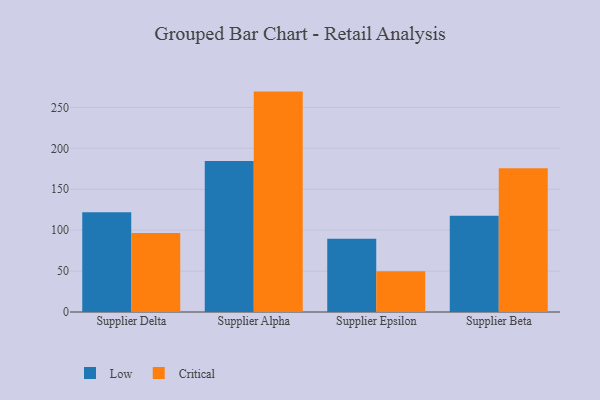
{"axis": {"x": "Supplier", "y": "Budget (USD K)"}, "legend": ["Critical", "Low"], "data": [{"x": "Supplier Delta", "y": 121.9, "type": "Low"}, {"x": "Supplier Delta", "y": 96.5, "type": "Critical"}, {"x": "Supplier Alpha", "y": 184.5, "type": "Low"}, {"x": "Supplier Alpha", "y": 269.3, "type": "Critical"}, {"x": "Supplier Epsilon", "y": 89.4, "type": "Low"}, {"x": "Supplier Epsilon", "y": 49.8, "type": "Critical"}, {"x": "Supplier Beta", "y": 117.6, "type": "Low"}, {"x": "Supplier Beta", "y": 175.6, "type": "Critical"}]}